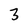
Character: 3